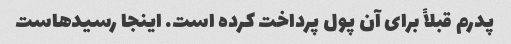
پدرم قبلاً برای آن پول پرداخت کرده است. اینجا رسیدهاست